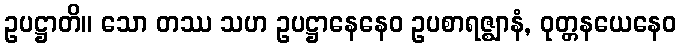
ဥပဋ္ဌာတိ။ သော တဿ သဟ ဥပဋ္ဌာနေနေဝ ဥပစာရဇ္ဈာနံ, ဝုတ္တနယေနေဝ